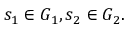
s _ { 1 } \in G _ { 1 } , s _ { 2 } \in G _ { 2 } .